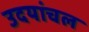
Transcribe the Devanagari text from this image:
उदयांचल